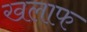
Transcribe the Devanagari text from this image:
खलाफ